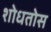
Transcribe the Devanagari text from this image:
शोधतोस